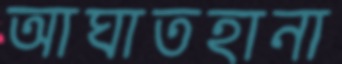
আঘাতহানা